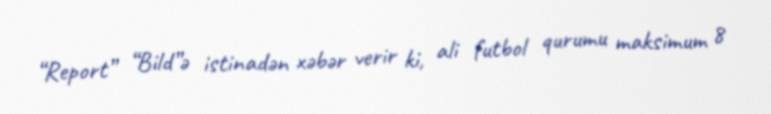
“Report” “Bild”ə istinadən xəbər verir ki, ali futbol qurumu maksimum 8